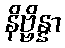
နိဗ္ဗိန္နာ